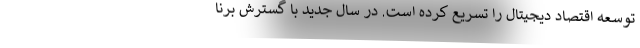
توسعه اقتصاد دیجیتال را تسریع کرده است. در سال جدید با گسترش برنا